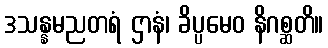
ဒသန္နမညတရံ ဌာနံ၊ ခိပ္ပမေဝ နိဂစ္ဆတိ။